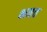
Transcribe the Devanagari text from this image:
भक्त्त